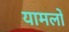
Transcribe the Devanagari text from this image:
यामलों